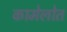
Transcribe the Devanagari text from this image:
कामेलोत